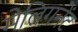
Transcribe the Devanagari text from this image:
मेलिगनेंट